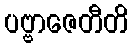
ပဗ္ဗာဇေတီတိ